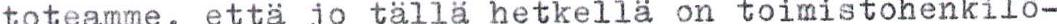
toteamme, että jo tällä hetkellä on toimistohenkilö-